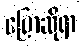
ပြောဆိုရာ